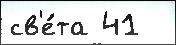
св'е́та 41